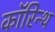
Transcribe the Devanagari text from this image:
कॉरिन्थ